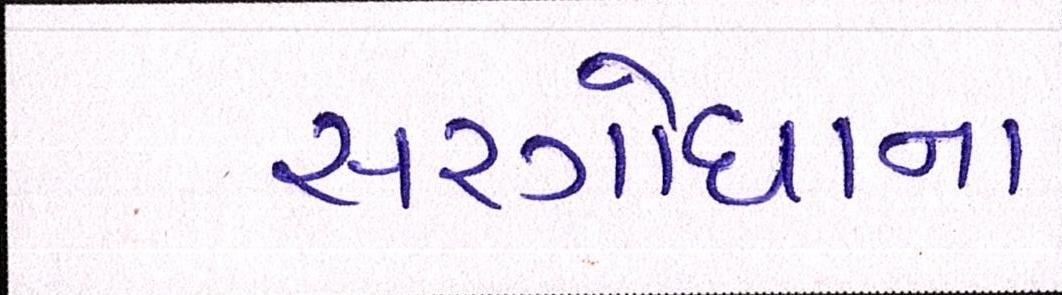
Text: સરગોધાના